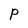
Character: P